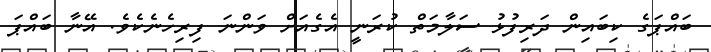
ބައްޕަގެ ކިބައިން ދަރިފުޅު ސަލާމަތް ކުރަނީ އެގެއަށް ވަންނަ ފިރިހެނެކެވެ. އޭނާ ބައްޕަ